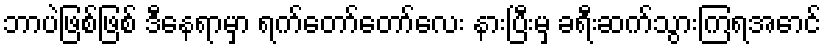
ဘာပဲဖြစ်ဖြစ် ဒီနေရာမှာ ရက်တော်တော်လေး နားပြီးမှ ခရီးဆက်သွားကြရအောင်